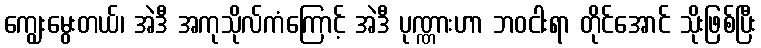
ကျွေးမွေးတယ်၊ အဲဒီ အကုသိုလ်ကံကြောင့် အဲဒီ ပုဏ္ဏားဟာ ဘဝငါးရာ တိုင်အောင် သိုးဖြစ်ပြီး